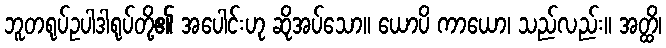
ဘူတရုပ်ဥပါဒါရုပ်တို့၏ အပေါင်းဟု ဆိုအပ်သော။ ယောပိ ကာယော၊ သည်လည်း။ အတ္ထိ၊